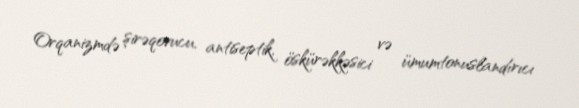
Orqanizmdə şirəqovucu, antiseptik, öskürəkkəsici və ümumtonuslandırıcı